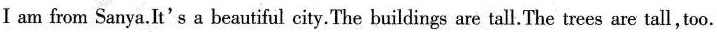
I am from Sanya.It's a beautiful city.The buildings are tall. The trees are tall, too.